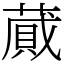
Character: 蕆